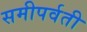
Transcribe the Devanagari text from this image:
समीपर्वती